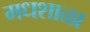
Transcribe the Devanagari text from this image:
मधशाळा